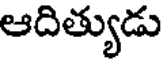
ఆదిత్యుడు